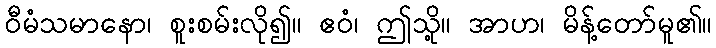
ဝီမံသမာနော၊ စူးစမ်းလို၍။ ဧဝံ၊ ဤသို့။ အာဟ၊ မိန့်တော်မူ၏။